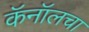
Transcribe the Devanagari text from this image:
कॅनॉलचा